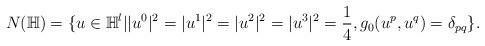
LaTeX: \begin{align*}N(\mathbb{H}) = \{u\in \mathbb{H}^l ||u^0|^2 = |u^1|^2 = |u^2|^2 = |u^3|^2 = \frac{1}{4}, g_0(u^p,u^q) = \delta_{pq}\}.\end{align*}